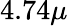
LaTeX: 4.74\mu